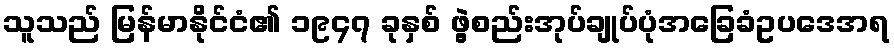
သူသည် မြန်မာနိုင်ငံ၏ ၁၉၄၇ ခုနှစ် ဖွဲ့စည်းအုပ်ချုပ်ပုံအခြေခံဥပဒေအရ